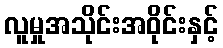
လူမှုအသိုင်းအဝိုင်းနှင့်